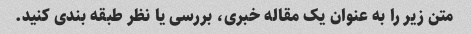
متن زیر را به عنوان یک مقاله خبری، بررسی یا نظر طبقه بندی کنید.